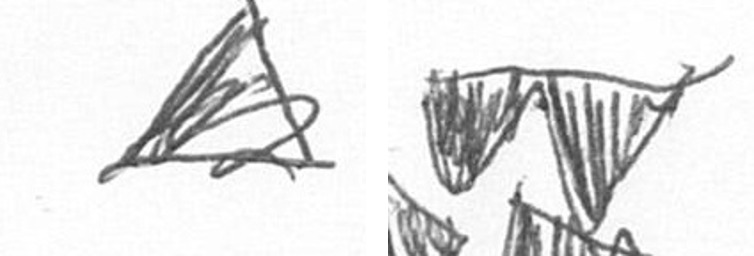
O B